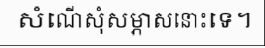
សំណើសុំសម្ភាសនោះទេ។